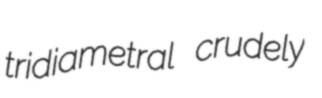
tridiametral crudely